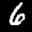
Label: 6